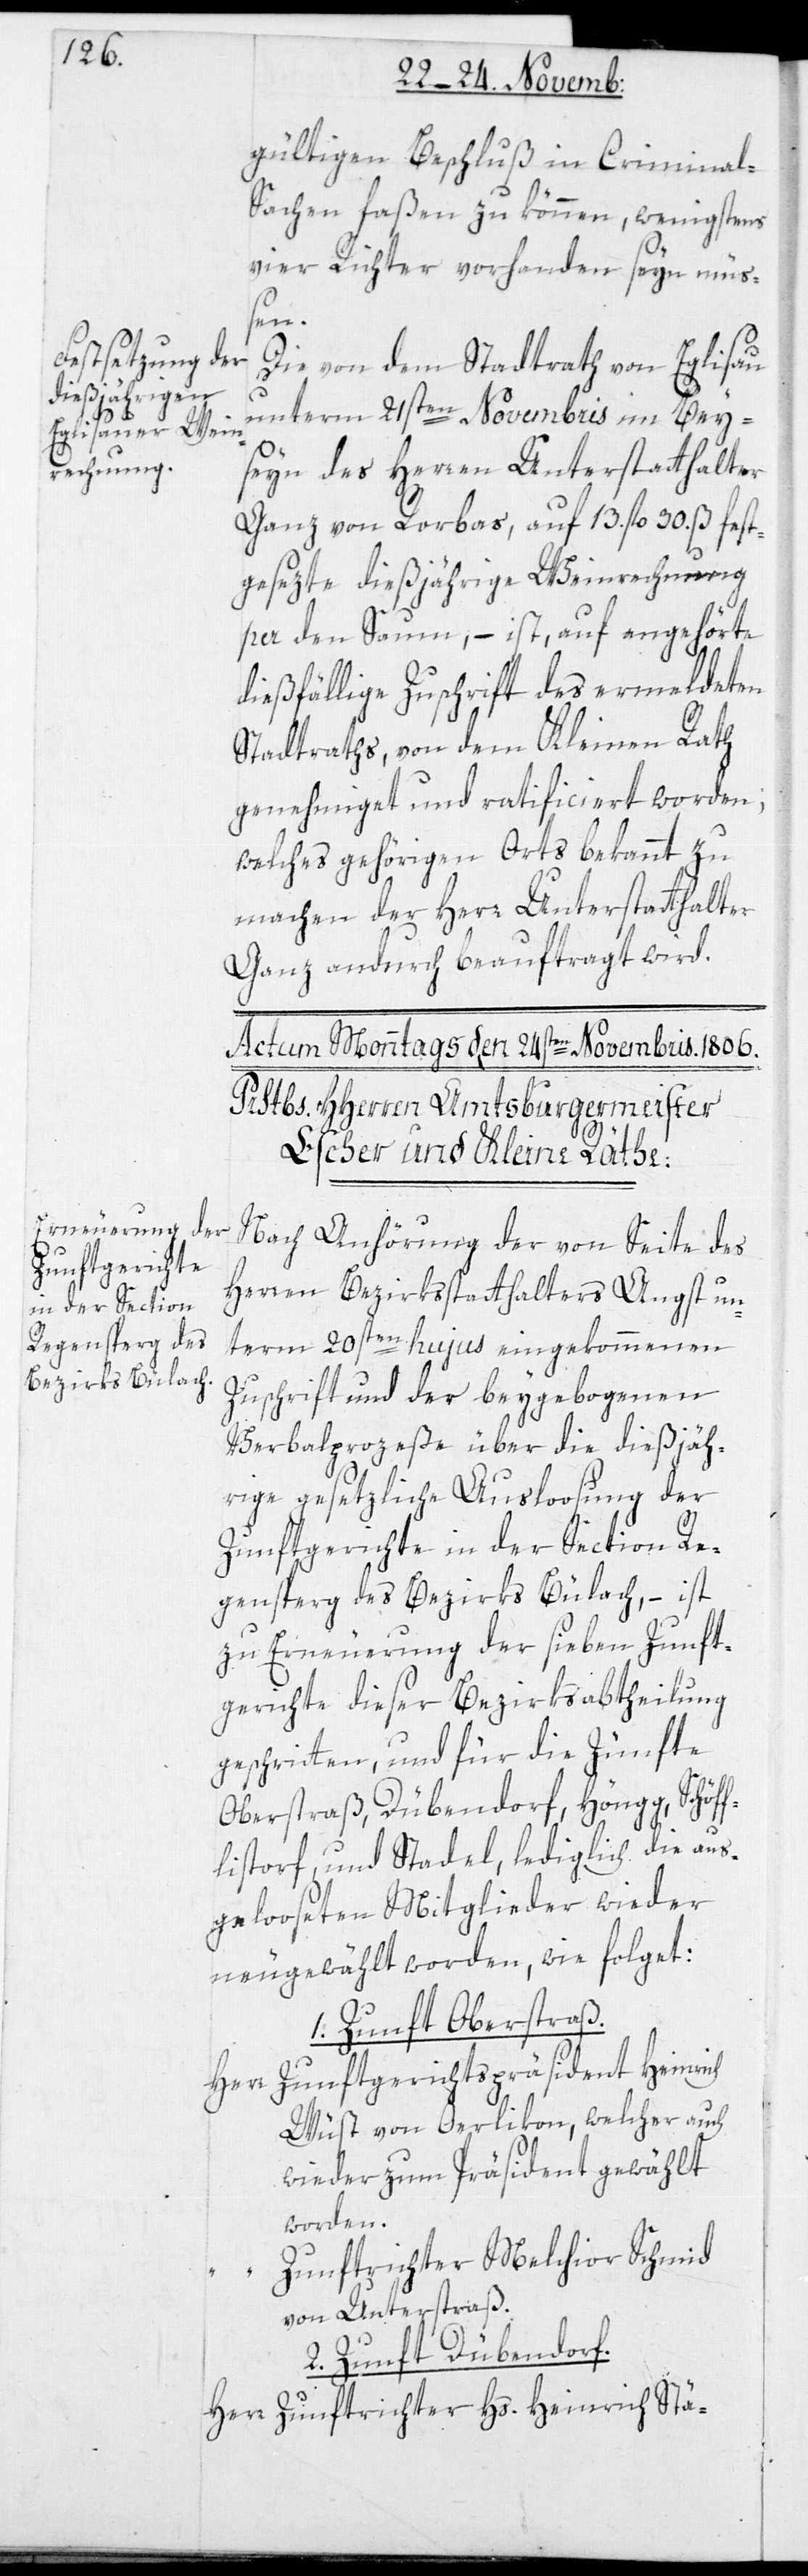
gültigen Beschluß in Criminal¬
sachen faßen zu können, wenigstens
vier Richter vorhanden seyn müß¬
en.
Die von dem Stadtrath von Eglisau
unterm 21sten Novembris im Bey¬
seyn des Herren Unterstatthalter
Ganz von Rorbas, auf 13. fl. 30. ß fest¬
gesezte dießjährige Weinrechnung
pa den Saum, – ist auf angehörte
dießfällige Zuschrift des vermeldeten
Stadtraths, von dem Kleinen Rath
genehmiget und ratificiert worden;
welches gehörigen Orts bekannt zu
machen der Herr Unterstatthalter
Ganz andurch beauftragt wird.
Nach Anhörung der von Seite des
Herren Bezirksstatthalters Angst un¬
term 20sten hujus eingekommenen
Zuschrift und der beygebogenen
Verbalprozeße über die dießjäh¬
rige gesetzliche Ausloosung der
Zunftgerichte in der Section Re¬
gensperg des Bezirks Bülach, – ist
zu Erneuerung der sieben Zunft¬
gerichte dieser Bezirksabtheilung
geschritten, und für die Zünfte
Oberstraß, Dübendorf, Höngg, Schöff¬
listorf und Stadel, lediglich die aus¬
gelooseten Mitglieder wieder
neugewählt worden, wie folget:
1. Zunft Oberstraß.
Herr Zunftgerichtspräsident Heinrich
Wüst von Oerlikon, welcher auch
wieder zum Präsident gewählt
worden.
Zunftrichter Melchior Schmid
von Unterstraß.
2. Zunft Dübendorf.
Herr Zunftrichter Hs. Heinrich Stä-